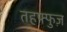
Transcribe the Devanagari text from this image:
तहफ्फुज़